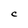
Character: C